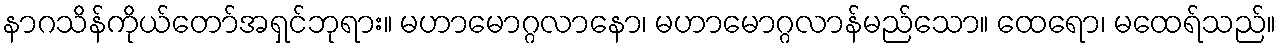
နာဂသိန်ကိုယ်တော်အရှင်ဘုရား။ မဟာမောဂ္ဂလာနော၊ မဟာမောဂ္ဂလာန်မည်သော။ ထေရော၊ မထေရ်သည်။